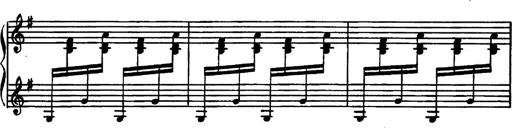
Title: Magyar rapszÃ³diÃ¡k
Composer: Franz Liszt